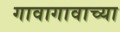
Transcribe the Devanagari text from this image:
गावागावाच्या